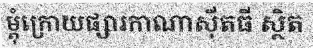
ម្តុំក្រោយផ្សារកាណាស៊ីតធី ស្ថិត